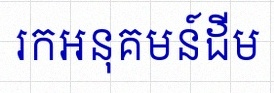
រកអនុគមន៍ដើម